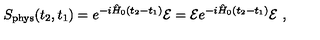
S _ { \mathrm { p h y s } } ( t _ { 2 } , t _ { 1 } ) = e ^ { - i \hat { H } _ { 0 } ( t _ { 2 } - t _ { 1 } ) } { \cal E } = { \cal E } e ^ { - i \hat { H } _ { 0 } ( t _ { 2 } - t _ { 1 } ) } { \cal E } \ ,